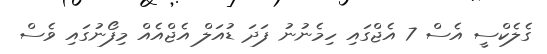
ގެލެކްސީ އެސް 7 އެޖްގައި ހިމެނުނު ފަދަ ޑުއަލް އެޖްއެއް މިފޯނުގައި ވެސް